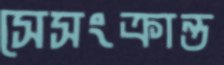
সেসংক্রান্ত